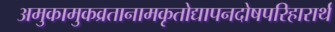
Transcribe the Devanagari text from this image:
अमुकामुकव्रतानामकृतोद्यापनदोषपरिहारार्थ